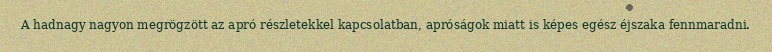
A hadnagy nagyon megrögzött az apró részletekkel kapcsolatban, apróságok miatt is képes egész éjszaka fennmaradni.